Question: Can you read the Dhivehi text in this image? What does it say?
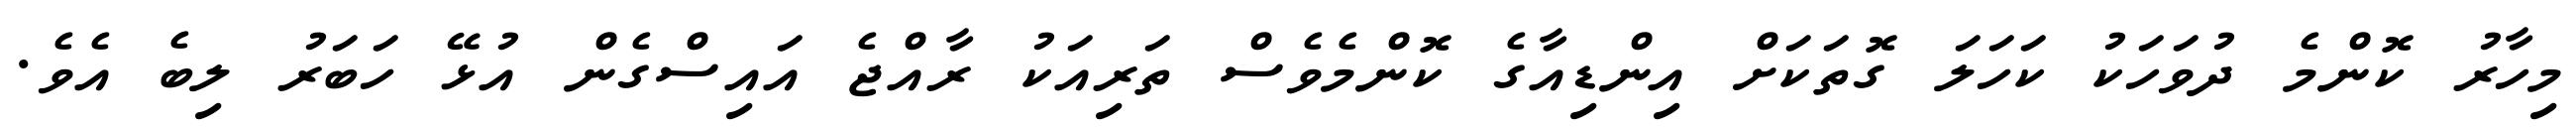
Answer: މިހާރު ކޮންމެ ދުވަހަކު ކަހަލަ ގޮތަކަށް އިންޑިއާގެ ކޮންމެވެސް ތަރިއަކު ރާއްޖެ އައިސްގެން އުޅޭ ހަބަރު ލިބެ އެވެ.